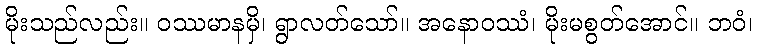
မိုးသည်လည်း။ ဝဿမာနမှိ၊ ရွာလတ်သော်။ အနောဝဿံ၊ မိုးမစွတ်အောင်။ ဘဝံ၊